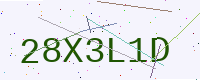
Text: 28X3L1D